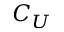
C _ { U }